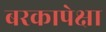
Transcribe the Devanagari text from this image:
बरकापेक्षा